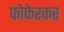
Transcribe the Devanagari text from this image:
फोफेरकर